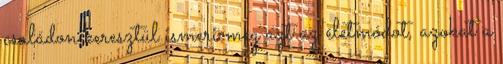
családon keresztül ismeri meg azt az életmódot, azokat a